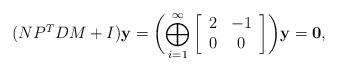
LaTeX: \begin{align*} (NP^TDM+I)\mathbf y=\biggl( \bigoplus_{i=1}^{\infty} \left[ \begin{array}{cc} 2 & -1 \\ 0 & 0 \end{array}\right] \biggr) \mathbf y=\mathbf 0,\end{align*}